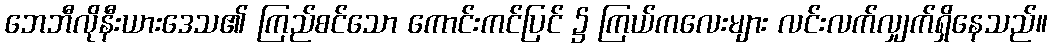
ဘေဘီလိုနီးယားဒေသ၏ ကြည်စင်သော ကောင်းကင်ပြင် ၌ ကြယ်ကလေးများ လင်းလက်လျှက်ရှိနေသည်။